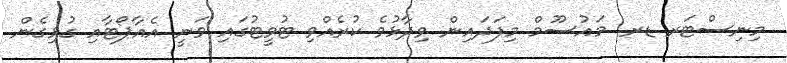
މިނިސްޓަރ ޑރ. މައުސޫމް މިފަދައިން ވިދާޅުވެ ކުރެއްވި ޓުވީޓުގައި ވަނީ އެއާޕޯޓާއި ގުޅިގެން